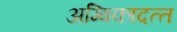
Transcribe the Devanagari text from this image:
अम्बिकादत्‍त